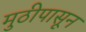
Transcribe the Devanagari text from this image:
मुठीपासून